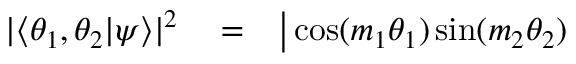
\begin{array} { r l r } { | \langle \theta _ { 1 } , \theta _ { 2 } | \psi \rangle | ^ { 2 } } & { { } = } & { \big | \cos ( m _ { 1 } \theta _ { 1 } ) \sin ( m _ { 2 } \theta _ { 2 } ) } \end{array}